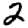
Digit: 2